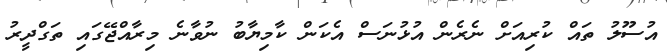
އުސޫލު ތައް ކުރިއަށް ނެރެން އުޅުނަސް އެކަން ކާމިޔާބު ނުވާނެ މިރާއްޖޭގައި ތަގްދީރު